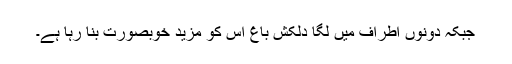
جبکہ دونوں اطراف میں لگا دلکش باغ اس کو مزید خوبصورت بنا رہا ہے۔